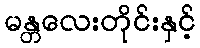
မန္တလေးတိုင်းနှင့်